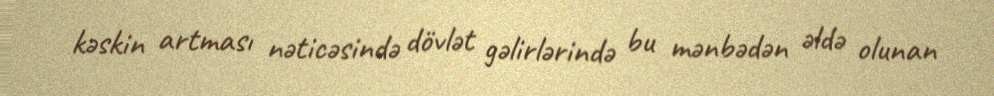
kəskin artması nəticəsində dövlət gəlirlərində bu mənbədən əldə olunan